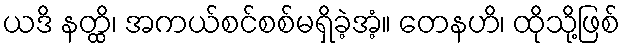
ယဒိ နတ္ထိ၊ အကယ်စင်စစ်မရှိခဲ့အံ့။ တေနဟိ၊ ထိုသို့ဖြစ်